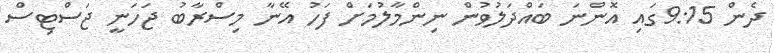
ދެން 9:15ގައި އޮންނަ ބައްދަލުވުން ނިންމާލުމަށް ފަހު އޭނާ މިސްރާބު ޖަހަނީ ޖަސްޓިސް